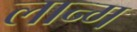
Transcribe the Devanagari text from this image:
लान्ग